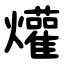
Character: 爟